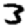
Digit: 3